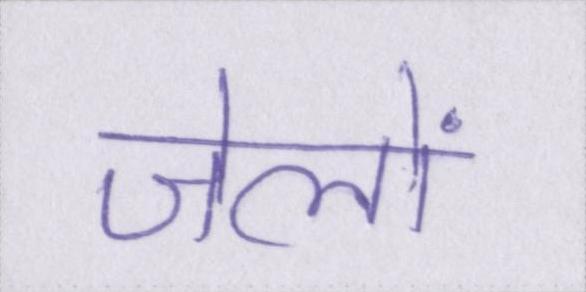
जेलों